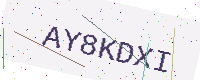
Text: AY8KDXI